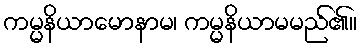
ကမ္မနိယာမောနာမ၊ ကမ္မနိယာမမည်၏။